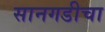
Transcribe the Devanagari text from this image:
सानगडीचा